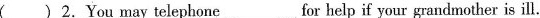
( )2.You may telephone___for help if your grandmother is ill.